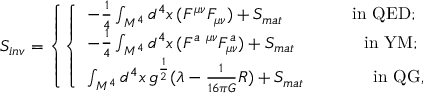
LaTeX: { \cal S } _ { i n v } = \left\{ \left\{ \begin{array} { l l } { { - \frac { 1 } { 4 } \int _ { M ^ { 4 } } d ^ { 4 } x \, ( F ^ { \mu \nu } F _ { \mu \nu } ) + { \cal S } _ { m a t } \qquad \qquad \mathrm { i n ~ Q E D ; } } } \\ { { - \frac { 1 } { 4 } \int _ { M ^ { 4 } } d ^ { 4 } x \, ( F ^ { a ~ \mu \nu } F _ { \mu \nu } ^ { a } ) + { \cal S } _ { m a t } \qquad \qquad \mathrm { i n ~ Y M ; } } } \\ { { \int _ { M ^ { 4 } } d ^ { 4 } x \, g ^ { \frac { 1 } { 2 } } ( \lambda - \frac { 1 } { 1 6 \pi G } R ) + { \cal S } _ { m a t } \qquad \qquad \mathrm { i n ~ Q G } , } } \end{array} \right. \right.